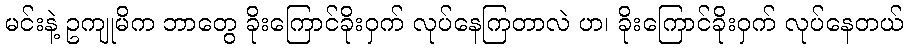
မင်းနဲ့ ဥကျုမိက ဘာတွေ ခိုးကြောင်ခိုးဝှက် လုပ်နေကြတာလဲ ဟ၊ ခိုးကြောင်ခိုးဝှက် လုပ်နေတယ်